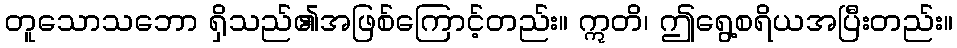
တူသောသဘော ရှိသည်၏အဖြစ်ကြောင့်တည်း။ ဣတိ၊ ဤရွေ့စရိယအပြီးတည်း။